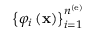
\left\{ \varphi _ { i } \left( { \bf x } \right) \right\} _ { i = 1 } ^ { n ^ { \left( \mathrm { e } \right) } }